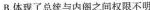
B.体现了总统与内阁之间权限不明